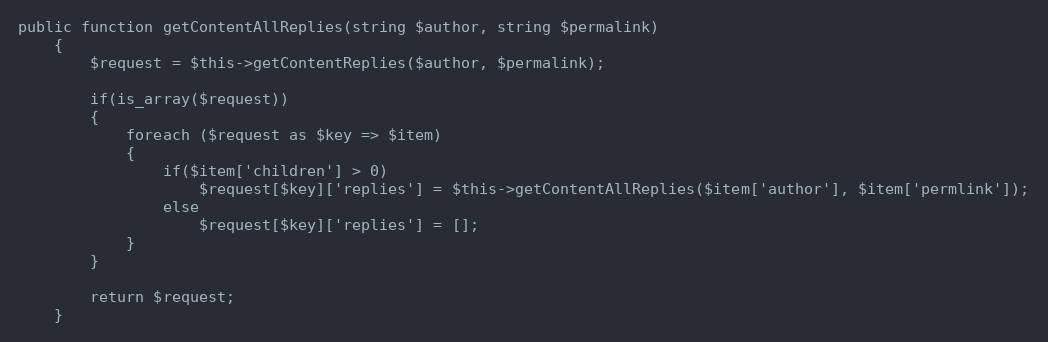
Language: PHP
public function getContentAllReplies(string $author, string $permalink)
    {
        $request = $this->getContentReplies($author, $permalink);

        if(is_array($request))
        {
            foreach ($request as $key => $item)
            {
                if($item['children'] > 0)
                    $request[$key]['replies'] = $this->getContentAllReplies($item['author'], $item['permlink']);
                else
                    $request[$key]['replies'] = [];
            }
        }

        return $request;
    }